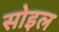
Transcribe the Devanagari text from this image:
सोइल